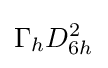
\Gamma _{h}D_{6h}^{2}